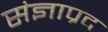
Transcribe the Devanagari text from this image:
संज्ञाप्रद